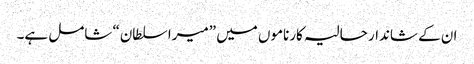
ان کے شاندار حالیہ کارناموں میں ”میرا سلطان“ شامل ہے۔